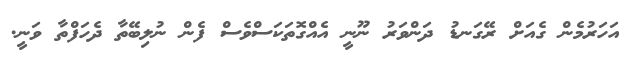
އަހަރުމެން ގެއަށް ރޭގަނޑު ދަންވަރު ނޫނީ އެއްގޮތަކަސްވެސް ފެން ނުލިބޭތާ ދެހަފްތާ ވަނީ.